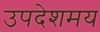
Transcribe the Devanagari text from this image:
उपदेशमय